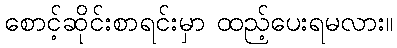
စောင့်ဆိုင်းစာရင်းမှာ ထည့်ပေးရမလား။